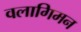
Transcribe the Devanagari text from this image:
वलागिमन